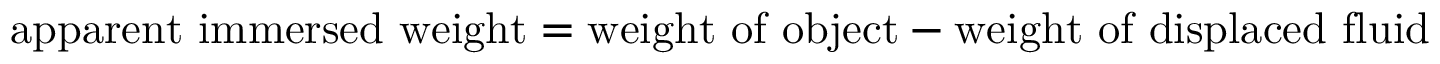
{ \mathrm { a p p a r e n t ~ i m m e r s e d ~ w e i g h t } } = { \mathrm { w e i g h t ~ o f ~ o b j e c t } } - { \mathrm { w e i g h t ~ o f ~ d i s p l a c e d ~ f l u i d } }